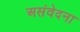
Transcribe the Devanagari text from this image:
असंवेदना